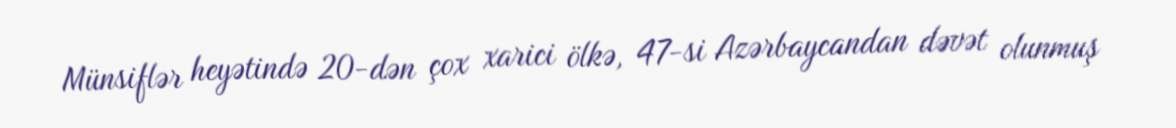
Münsiflər heyətində 20-dən çox xarici ölkə, 47-si Azərbaycandan dəvət olunmuş